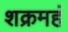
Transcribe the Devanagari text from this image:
शक्रमहं